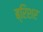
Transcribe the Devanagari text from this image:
ब्रिशर